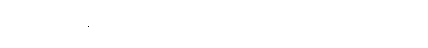
ပန်းပဲဆရာ ဦးစိန်ဝ၏ သမီး ချိုမာကလေးက ပြောရင်း မျက်ရည်တွေ ဝဲလာသည်။